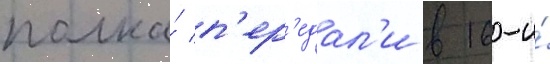
полка́ п'ер'едал'и в 16-и́